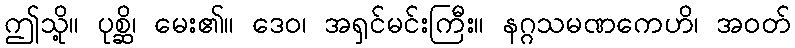
ဤသို့။ ပုစ္ဆိ၊ မေး၏။ ဒေဝ၊ အရှင်မင်းကြီး။ နဂ္ဂသမဏကေဟိ၊ အဝတ်